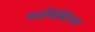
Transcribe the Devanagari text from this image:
पर्सपेक्टिव्स